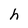
Character: h